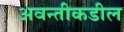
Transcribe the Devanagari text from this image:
अवन्तीकडील